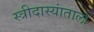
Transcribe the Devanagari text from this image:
स्त्रीदास्यांताला